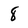
Character: 8